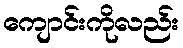
ကျောင်းကိုလည်း